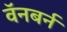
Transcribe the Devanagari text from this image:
वॅनबर्न